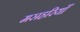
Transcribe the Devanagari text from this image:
मसहरियाँ